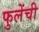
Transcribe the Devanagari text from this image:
फुलेंची